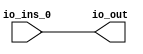
module MuxN_3(
  input   io_ins_0,
  output  io_out
);
  assign io_out = io_ins_0;
endmodule